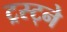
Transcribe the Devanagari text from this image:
ट्रस्ट्ने